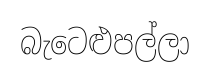
බැටෙළුපල්ලා